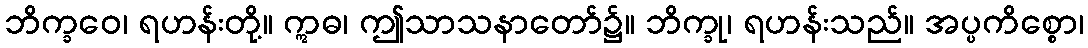
ဘိက္ခဝေ၊ ရဟန်းတို့။ ဣဓ၊ ဤသာသနာတော်၌။ ဘိက္ခု၊ ရဟန်းသည်။ အပ္ပကိစ္စော၊